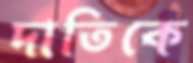
দাতিকে